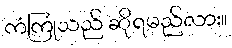
ကံကြုံသည် ဆိုရမည်လား။